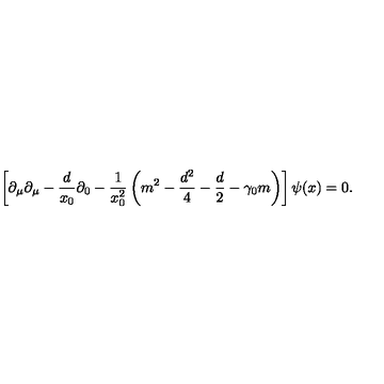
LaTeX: \left[ \partial _ { \mu } \partial _ { \mu } - \frac { d } { x _ { 0 } } \partial _ { 0 } - \frac { 1 } { x _ { 0 } ^ { 2 } } \left( m ^ { 2 } - \frac { d ^ { 2 } } { 4 } - \frac { d } { 2 } - \gamma _ { 0 } m \right) \right] \psi ( x ) = 0 .